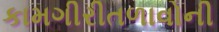
કામગીરીતળાવોની